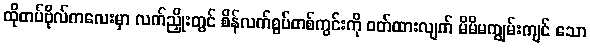
ထိုတပ်ဗိုလ်ကလေးမှာ လက်ညှိုးတွင် စိန်လက်စွပ်တစ်ကွင်းကို ဝတ်ထားလျက် မိမိမကျွမ်းကျင် သော